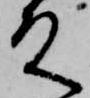
殿